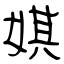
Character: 娸